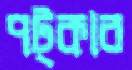
পট্‌কাব